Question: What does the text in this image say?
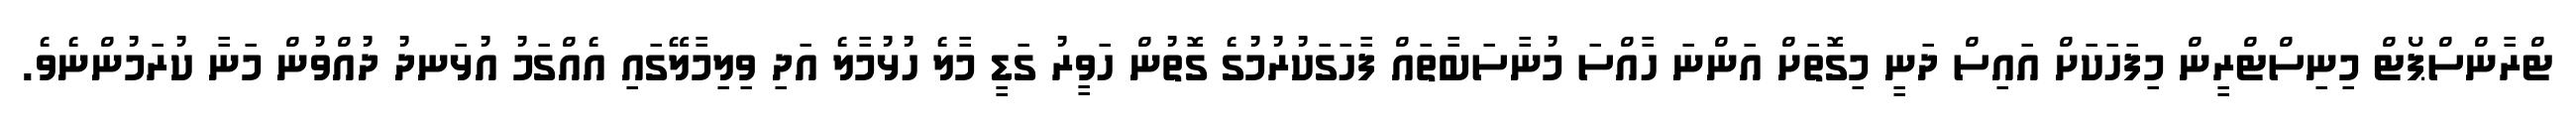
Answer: ޓްރާންސްޕޯޓް މިނިސްޓްރީން މިފަހަކަށް އައިސް ދަނީ މިގޮތަށް އަންނަ ހާއްސަ މުނާސަބާތައް ފާހަގަކުރުމުގެ ގޮތުން ހަވީރު ގަޑީ މާލެ ހުޅުމާލެ އަދި ވިލިމާލޭގައި އެއްގަމު އުޅަނދު ދުއްވުން މަނާ ކުރަމުންނެވެ.